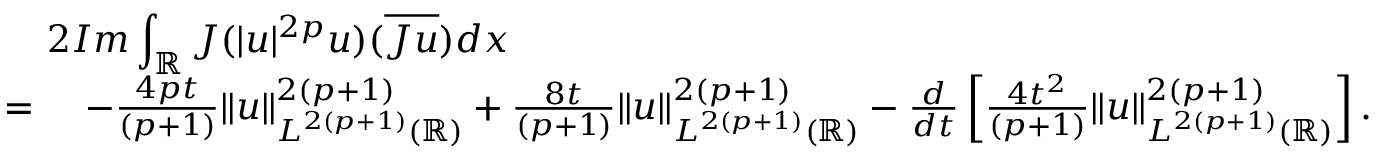
\begin{array} { r l } { \lefteqn { 2 I m \int _ { \mathbb { R } } J ( | u | ^ { 2 p } u ) ( \overline { { J u } } ) d x } } \\ { = \ } & { - \frac { 4 p t } { ( p + 1 ) } \| u \| _ { L ^ { 2 ( p + 1 ) } ( \mathbb { R } ) } ^ { 2 ( p + 1 ) } + \frac { 8 t } { ( p + 1 ) } \| u \| _ { L ^ { 2 ( p + 1 ) } ( \mathbb { R } ) } ^ { 2 ( p + 1 ) } - \frac { d } { d t } \left[ \frac { 4 t ^ { 2 } } { ( p + 1 ) } \| u \| _ { L ^ { 2 ( p + 1 ) } ( \mathbb { R } ) } ^ { 2 ( p + 1 ) } \right] . } \end{array}